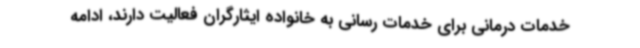
خدمات درمانی برای خدمات رسانی به خانواده ایثارگران فعالیت دارند، ادامه